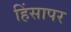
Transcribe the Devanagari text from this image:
हिंसापर